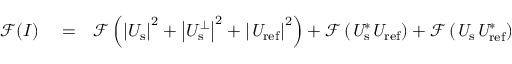
\begin{array} { r l r } { \mathcal { F } ( I ) } & { { } = } & { \mathcal { F } \left( { \left| U _ { \mathrm { s } } \right| } ^ { 2 } + \left| U _ { \mathrm { s } } ^ { \perp } \right| ^ { 2 } + { \left| \it U _ { \mathrm { r e f } } \right| } ^ { 2 } \right) + \mathcal { F } \left( \it U _ { \mathrm { s } } ^ { \ast } U _ { \mathrm { r e f } } \right) + \mathcal { F } \left( \it U _ { \mathrm { s } } U _ { \mathrm { r e f } } ^ { \ast } \right) } \end{array}